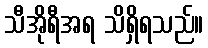
သီအိုရီအရ သိရှိရသည်။